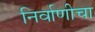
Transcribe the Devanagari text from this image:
निर्वाणीचा